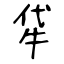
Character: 牮